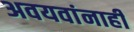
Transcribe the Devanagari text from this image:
अवयवांनाही